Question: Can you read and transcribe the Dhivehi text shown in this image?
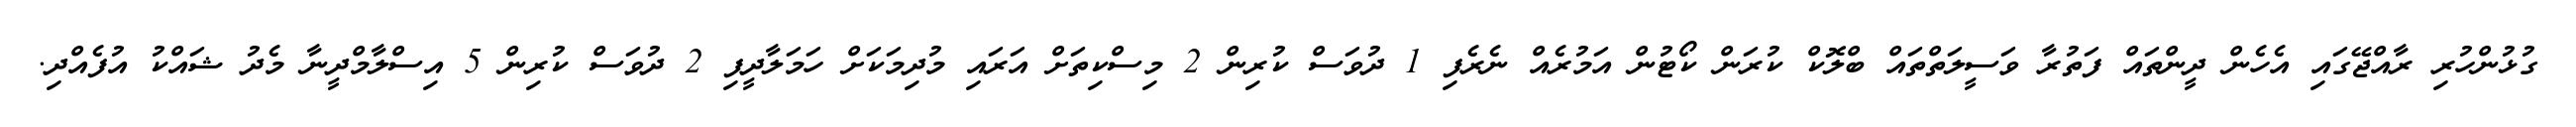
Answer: ގުޅުންހުރި ރާއްޖޭގައި އެހެން ދީންތައް ފަތުރާ ވަސީލަތްތައް ބްލޮކް ކުރަން ކޯޓުން އަމުރެއް ނެރެފި 1 ދުވަސް ކުރިން 2 މިސްކިތަށް އަރައި މުދިމަކަށް ހަމަލާދީފި 2 ދުވަސް ކުރިން 5 އިސްލާމްދީނާ މެދު ޝައްކު އުފެއްދި.